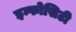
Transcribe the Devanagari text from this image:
इन्फोसिटी